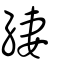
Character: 緀